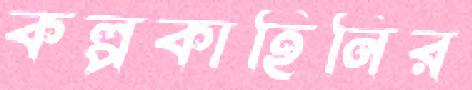
কল্পকাহিনির